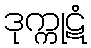
ဒုက္ကုဋံ